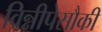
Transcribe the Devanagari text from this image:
विन्नीपेसौकी